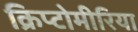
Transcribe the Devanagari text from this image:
क्रिप्टोमीरिया